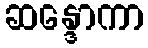
ဆန္ဒောကာ